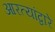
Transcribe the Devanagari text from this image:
आरत्यांद्वारे